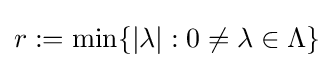
r:=\min\{{|\lambda }|:0\neq \lambda \in \Lambda \}